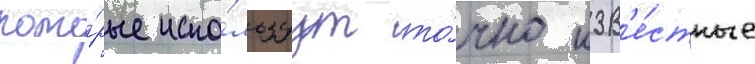
кото́рые испо́льзуут то́чно изв'е́стные